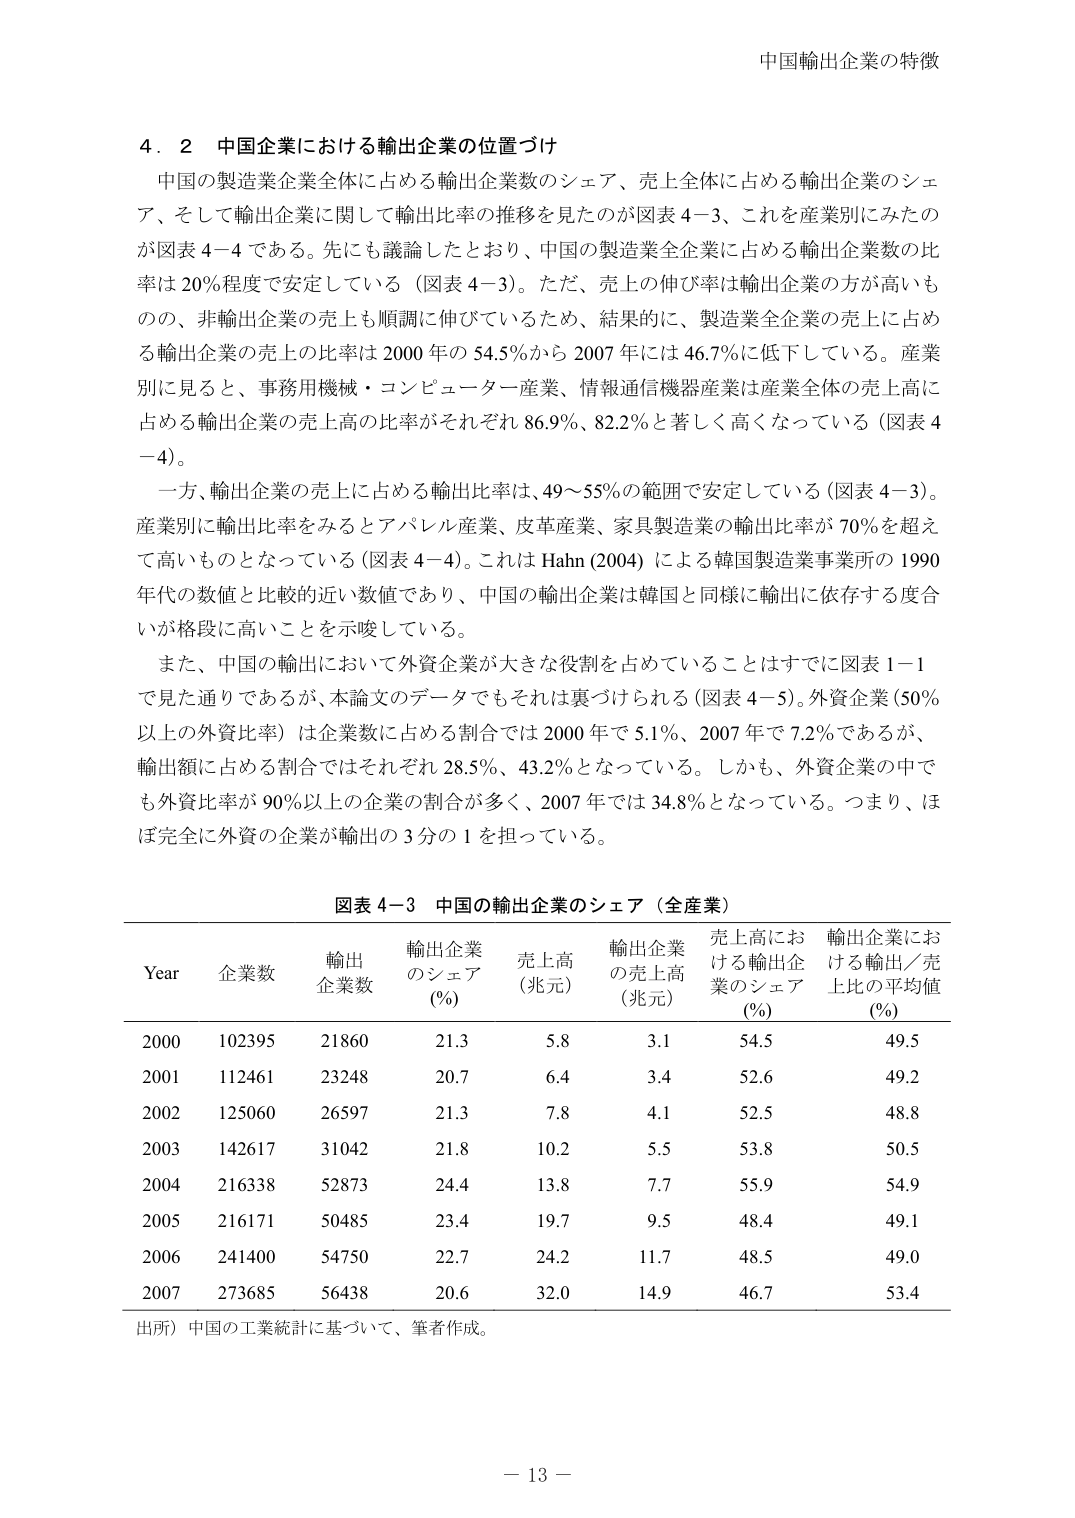
中国輸出企業の特徴

4．2 中国企業における輸出企業の位置づけ
中国の製造業企業全体に占める輸出企業数のシェア、売上全体に占める輸出企業のシェア、そして輸出企業に関して輸出比率の推移を見たのが図表4－3、これを産業別にみたのが図表4－4である。先にも議論したとおり、中国の製造業全企業に占める輸出企業数の比率は20％程度で安定している（図表4－3）。ただ、売上の伸び率は輸出企業の方が高いものの、非輸出企業の売上も順調に伸びているため、結果的に、製造業全企業の売上に占める輸出企業の売上の比率は2000年の54.5％から2007年には46.7％に低下している。産業別に見ると、事務用機械・コンピューター産業、情報通信機器産業は産業全体の売上高に占める輸出企業の売上高の比率がそれぞれ86.9％、82.2％と著しく高くなっている（図表4－4）。
一方、輸出企業の売上に占める輸出比率は、49～55％の範囲で安定している（図表4－3）。産業別に輸出比率をみるとアパレル産業、皮革産業、家具製造業の輸出比率が70％を超えて高いものとなっている（図表4－4）。これはHahn（2004）による韓国製造業事業所の1990年代の数値と比較的近い数値であり、中国の輸出企業は韓国と同様に輸出に依存する度合いが格段に高いことを示唆している。
また、中国の輸出において外資企業が大きな役割を占めていることはすでに図表1－1で見た通りであるが、本論文のデータでもそれは裏づけられる（図表4－5）。外資企業（50％以上の外資比率）は企業数に占める割合では2000年で5.1％、2007年で7.2％であるが、輸出額に占める割合ではそれぞれ28.5％、43.2％となっている。しかも、外資企業の中でも外資比率が90％以上の企業の割合が多く、2007年では34.8％となっている。つまり、ほぼ完全に外資の企業が輸出の3分の1を担っている。

図表4－3 中国の輸出企業のシェア（全産業）
Year 企業数 輸出企業数 輸出企業のシェア（％） 売上高（兆元） 輸出企業の売上高（兆元） 売上高における輸出企業のシェア（％） 輸出企業における輸出／売上比の平均値（％）
2000 102395 21860 21.3 5.8 3.1 54.5 49.5
2001 112461 23248 20.7 6.4 3.4 52.6 49.2
2002 125060 26597 21.3 7.8 4.1 52.5 48.8
2003 142617 31042 21.8 10.2 5.5 53.8 50.5
2004 216338 52873 24.4 13.8 7.7 55.9 54.9
2005 216171 50485 23.4 19.7 9.5 48.4 49.1
2006 241400 54750 22.7 24.2 11.7 48.5 49.0
2007 273685 56438 20.6 32.0 14.9 46.7 53.4
出所）中国の工業統計に基づいて、筆者作成。

－13－